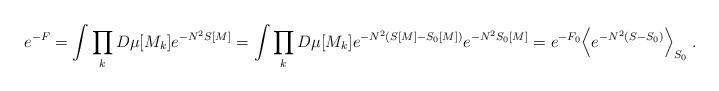
\begin{align*}e^{-F} = \int \prod_k D\mu[M_k]e^{-N^2 S[M]}= \int \prod_k D\mu[M_k] e^{-N^2 (S[M] - S_0[M])} e^{-N^2 S_0[M]} = e^{-F_0} \Big< e^{-N^2 (S - S_0)} \Big>_{S_0 } \; .\end{align*}